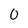
Character: 0